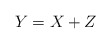
\begin{align*}Y=X+Z\end{align*}